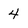
Character: 4